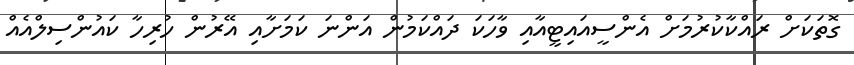
ގޮތަކަށް ރައްކާކުރުމަށް އެންސީއައިޓީއާއި ވާހަކަ ދައްކަމުން އަންނަ ކަމަށާއި އޭރުން ހުރިހާ ކައުންސިލްއެއް